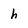
Character: h